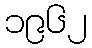
၁၉၆၂